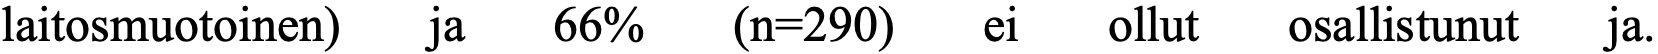
laitosmuotoinen) ja 66% (n=290) ei  ollut osallistunut ja.